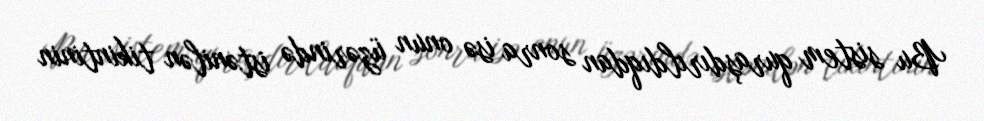
Bu sistem quraşdırıldıqdan sonra isə onun üzərində istənilən tikintinin